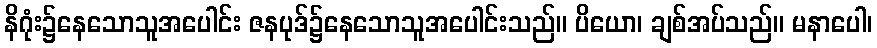
နိဂုံး၌နေသောသူအပေါင်း ဇနပုဒ်၌နေသောသူအပေါင်းသည်။ ပိယော၊ ချစ်အပ်သည်။ မနာပေါ၊